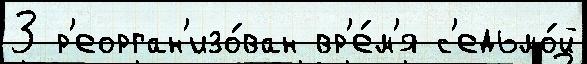
3 р'еорган'изо́ван вр'е́м'я с'едьмо́й